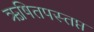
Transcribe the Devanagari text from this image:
ऋषितपस्तप्त